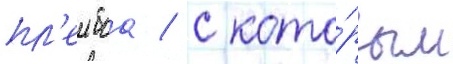
пл'еибоа / с кото́рым